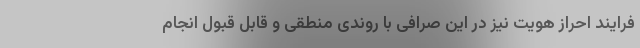
فرایند احراز هویت نیز در این صرافی با روندی منطقی و قابل قبول انجام